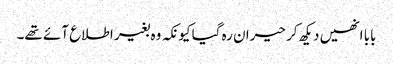
بابا انھیں دیکھ کر حیران رہ گیا کیونکہ وہ بغیر اطلاع آئے تھے۔